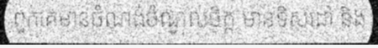
ពួកគេមានចំណង់ចំណូលចិត្ត មានទិសដៅ និង